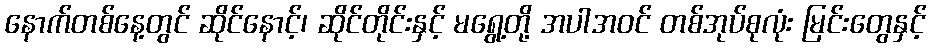
နောက်တစ်နေ့တွင် ဆိုင်နောင့်၊ ဆိုင်တိုင်းနှင့် မရွေ့တို့ အပါအဝင် တစ်အုပ်စုလုံး မြင်းတွေနှင့်